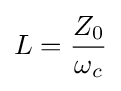
L={\frac {Z_{0}}{\omega _{c}}}